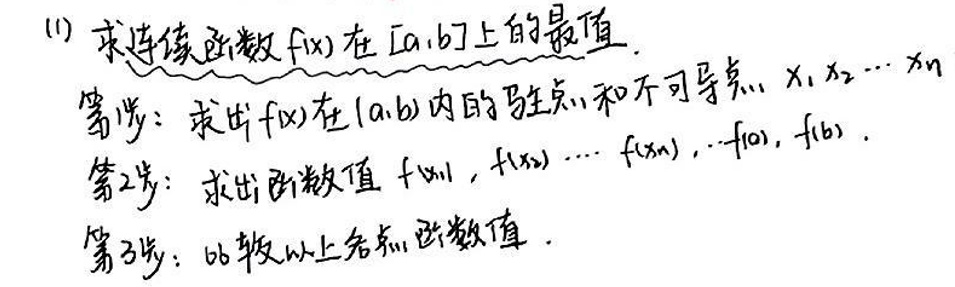
(1) 求连续函数\(f(x)\)在\([a,b]\)上的最值。

第1步：求出\(f(x)\)在\((a,b)\)内的驻点\(x_1,x_2,\cdots,x_n\)和不可导点\(x_1,x_2,\cdots,x_n\)；

第2步：求出函数值\(f(x_1),f(x_2),\cdots,f(x_n),\cdots,f(a),f(b)\)；

第3步：比较以上各点的函数值。